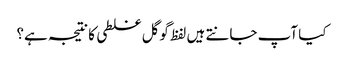
کیا آپ جانتے ہیں لفظ گوگل غلطی کا نتیجہ ہے؟